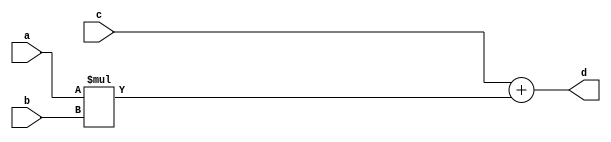
module mac(a,b,c,d);
 input[3:0] a,b;
 input[9:0] c; 
 output wire [10:0] d;
 wire[3:0] y;
 assign y = a*b;
 assign d = c+y;
endmodule